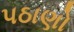
પઠાણો